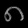
Digit: ၈